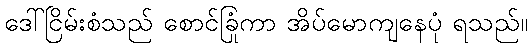
ဒေါ်ငြိမ်းစံသည် စောင်ခြုံကာ အိပ်မောကျနေပုံ ရသည်။